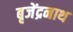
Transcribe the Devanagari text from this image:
बृजेंद्रनाथ